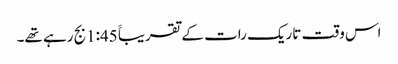
اس وقت تاریک رات کے تقریباََ 1:45بج رہے تھے۔